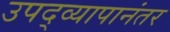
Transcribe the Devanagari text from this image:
उपद्व्यापानंतर